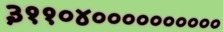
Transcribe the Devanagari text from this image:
३११०४००००००००००